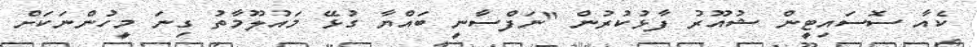
ކެއާ ސޮސައިޓީން ޝުއޫރު ފާޅުކުރުން "ނަފްސާނީ ބައްޔާ ގުޅޭ މައުލޫމާތު ގިނަ މީހުންނަކަށް